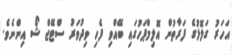
އަހަރު ގަލޮޅުގެ ފަރާތުން އޮލިމްޕަހުގައި ބޭއްވި ފެހި ވިދުވަރު ސްޓޭޖް ޝޯ އިންނެވެ.